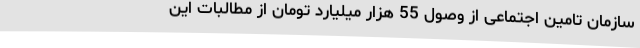
سازمان تامین اجتماعی از وصول 55 هزار میلیارد تومان از مطالبات این